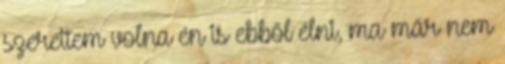
szerettem volna én is ebből élni, ma már nem